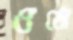
ওঠো